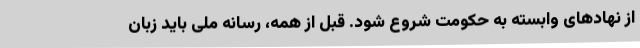
از نهادهای وابسته به حکومت شروع شود. قبل از همه، رسانه ملی باید زبان